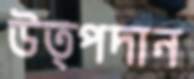
উত্পদান